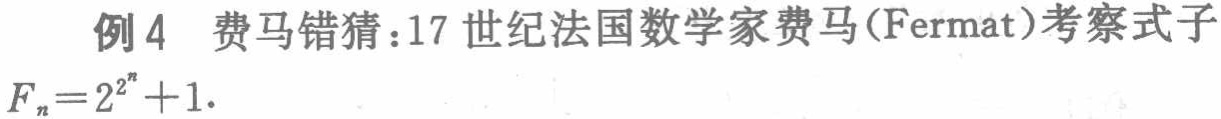
例4 费马错猜：17世纪法国数学家费马(Fermat)考察式子
\[F_{n}=2^{2^{n}} + 1.\]